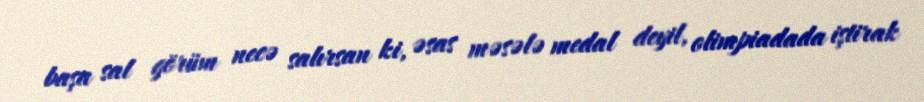
başa sal görüm necə salırsan ki, əsas məsələ medal deyil, olimpiadada iştirak